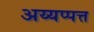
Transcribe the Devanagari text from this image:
अय्यप्पत्त